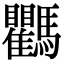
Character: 𩧚